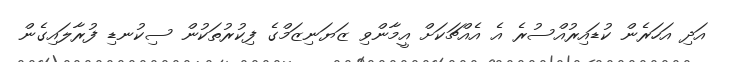
އަދި އަހަރެން ކުޑައިރުއްސުރެ އެ އެއްޗަކަށް އީމާންވި ޒަޔަނިޒަމްގެ ފިކުރުތަކުން ސިކުނޑި ފުރާލައިގެން